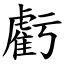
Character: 虧